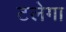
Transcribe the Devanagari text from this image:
टलेगा